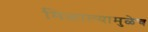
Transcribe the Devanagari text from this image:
मिळाल्यामुळेच